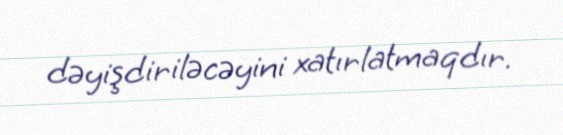
dəyişdiriləcəyini xatırlatmaqdır.